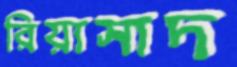
রিয়াসাদ